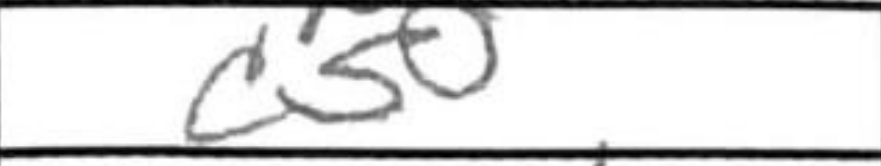
Transcription: c5